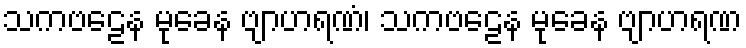
သကဗဠေန မုခေန ဗျာဟရဏံ၊ သကဗဠေန မုခေန ဗျာဟရဏ